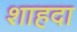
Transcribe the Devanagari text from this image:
शाहदा